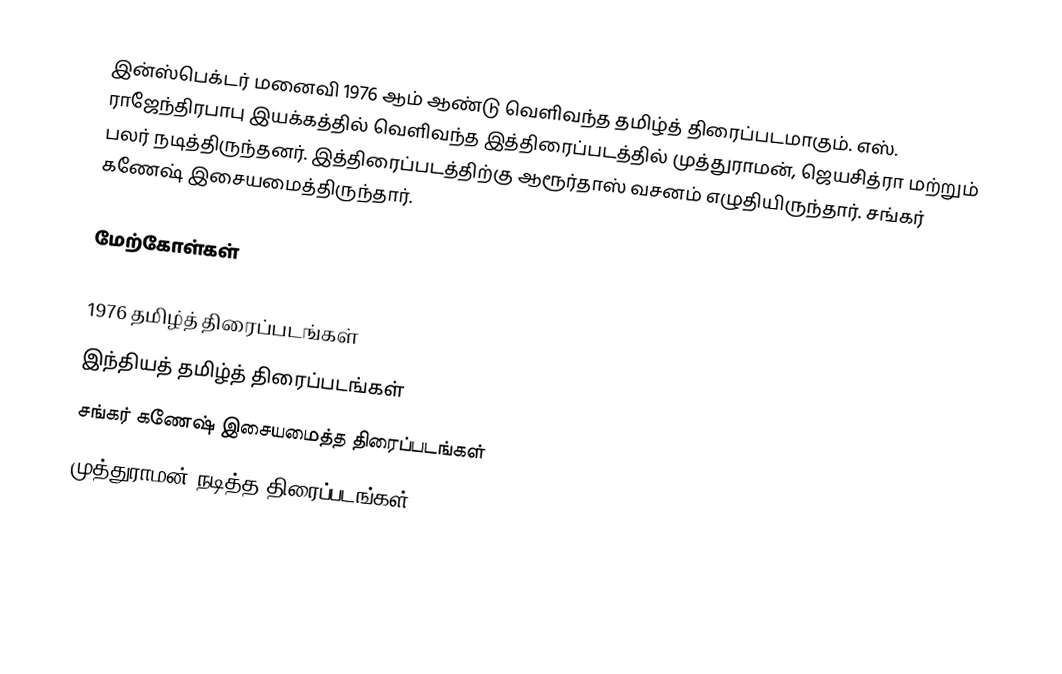
இன்ஸ்பெக்டர் மனைவி 1976 ஆம் ஆண்டு வெளிவந்த தமிழ்த் திரைப்படமாகும். எஸ். ராஜேந்திரபாபு இயக்கத்தில் வெளிவந்த இத்திரைப்படத்தில் முத்துராமன், ஜெயசித்ரா மற்றும் பலர் நடித்திருந்தனர். இத்திரைப்படத்திற்கு ஆரூர்தாஸ் வசனம் எழுதியிருந்தார். சங்கர் கணேஷ் இசையமைத்திருந்தார்.

மேற்கோள்கள்

1976 தமிழ்த் திரைப்படங்கள்
இந்தியத் தமிழ்த் திரைப்படங்கள்
சங்கர் கணேஷ் இசையமைத்த திரைப்படங்கள்
முத்துராமன் நடித்த திரைப்படங்கள்